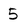
Character: 5